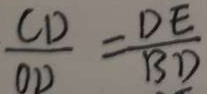
\frac { C D } { O D } = \frac { D E } { B D }